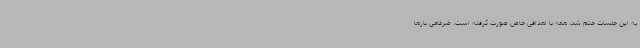
به این جلسات ختم شد، همه با اهدافی خاص صورت گرفته است. ضرغامی بارها